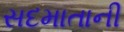
સદમાતાની